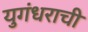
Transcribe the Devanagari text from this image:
युगंधराची